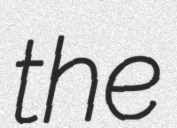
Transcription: the